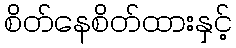
စိတ်နေစိတ်ထားနှင့်